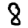
Digit: 8